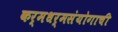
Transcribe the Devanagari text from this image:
कर्मधर्मसंयोगाची